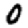
Digit: 0